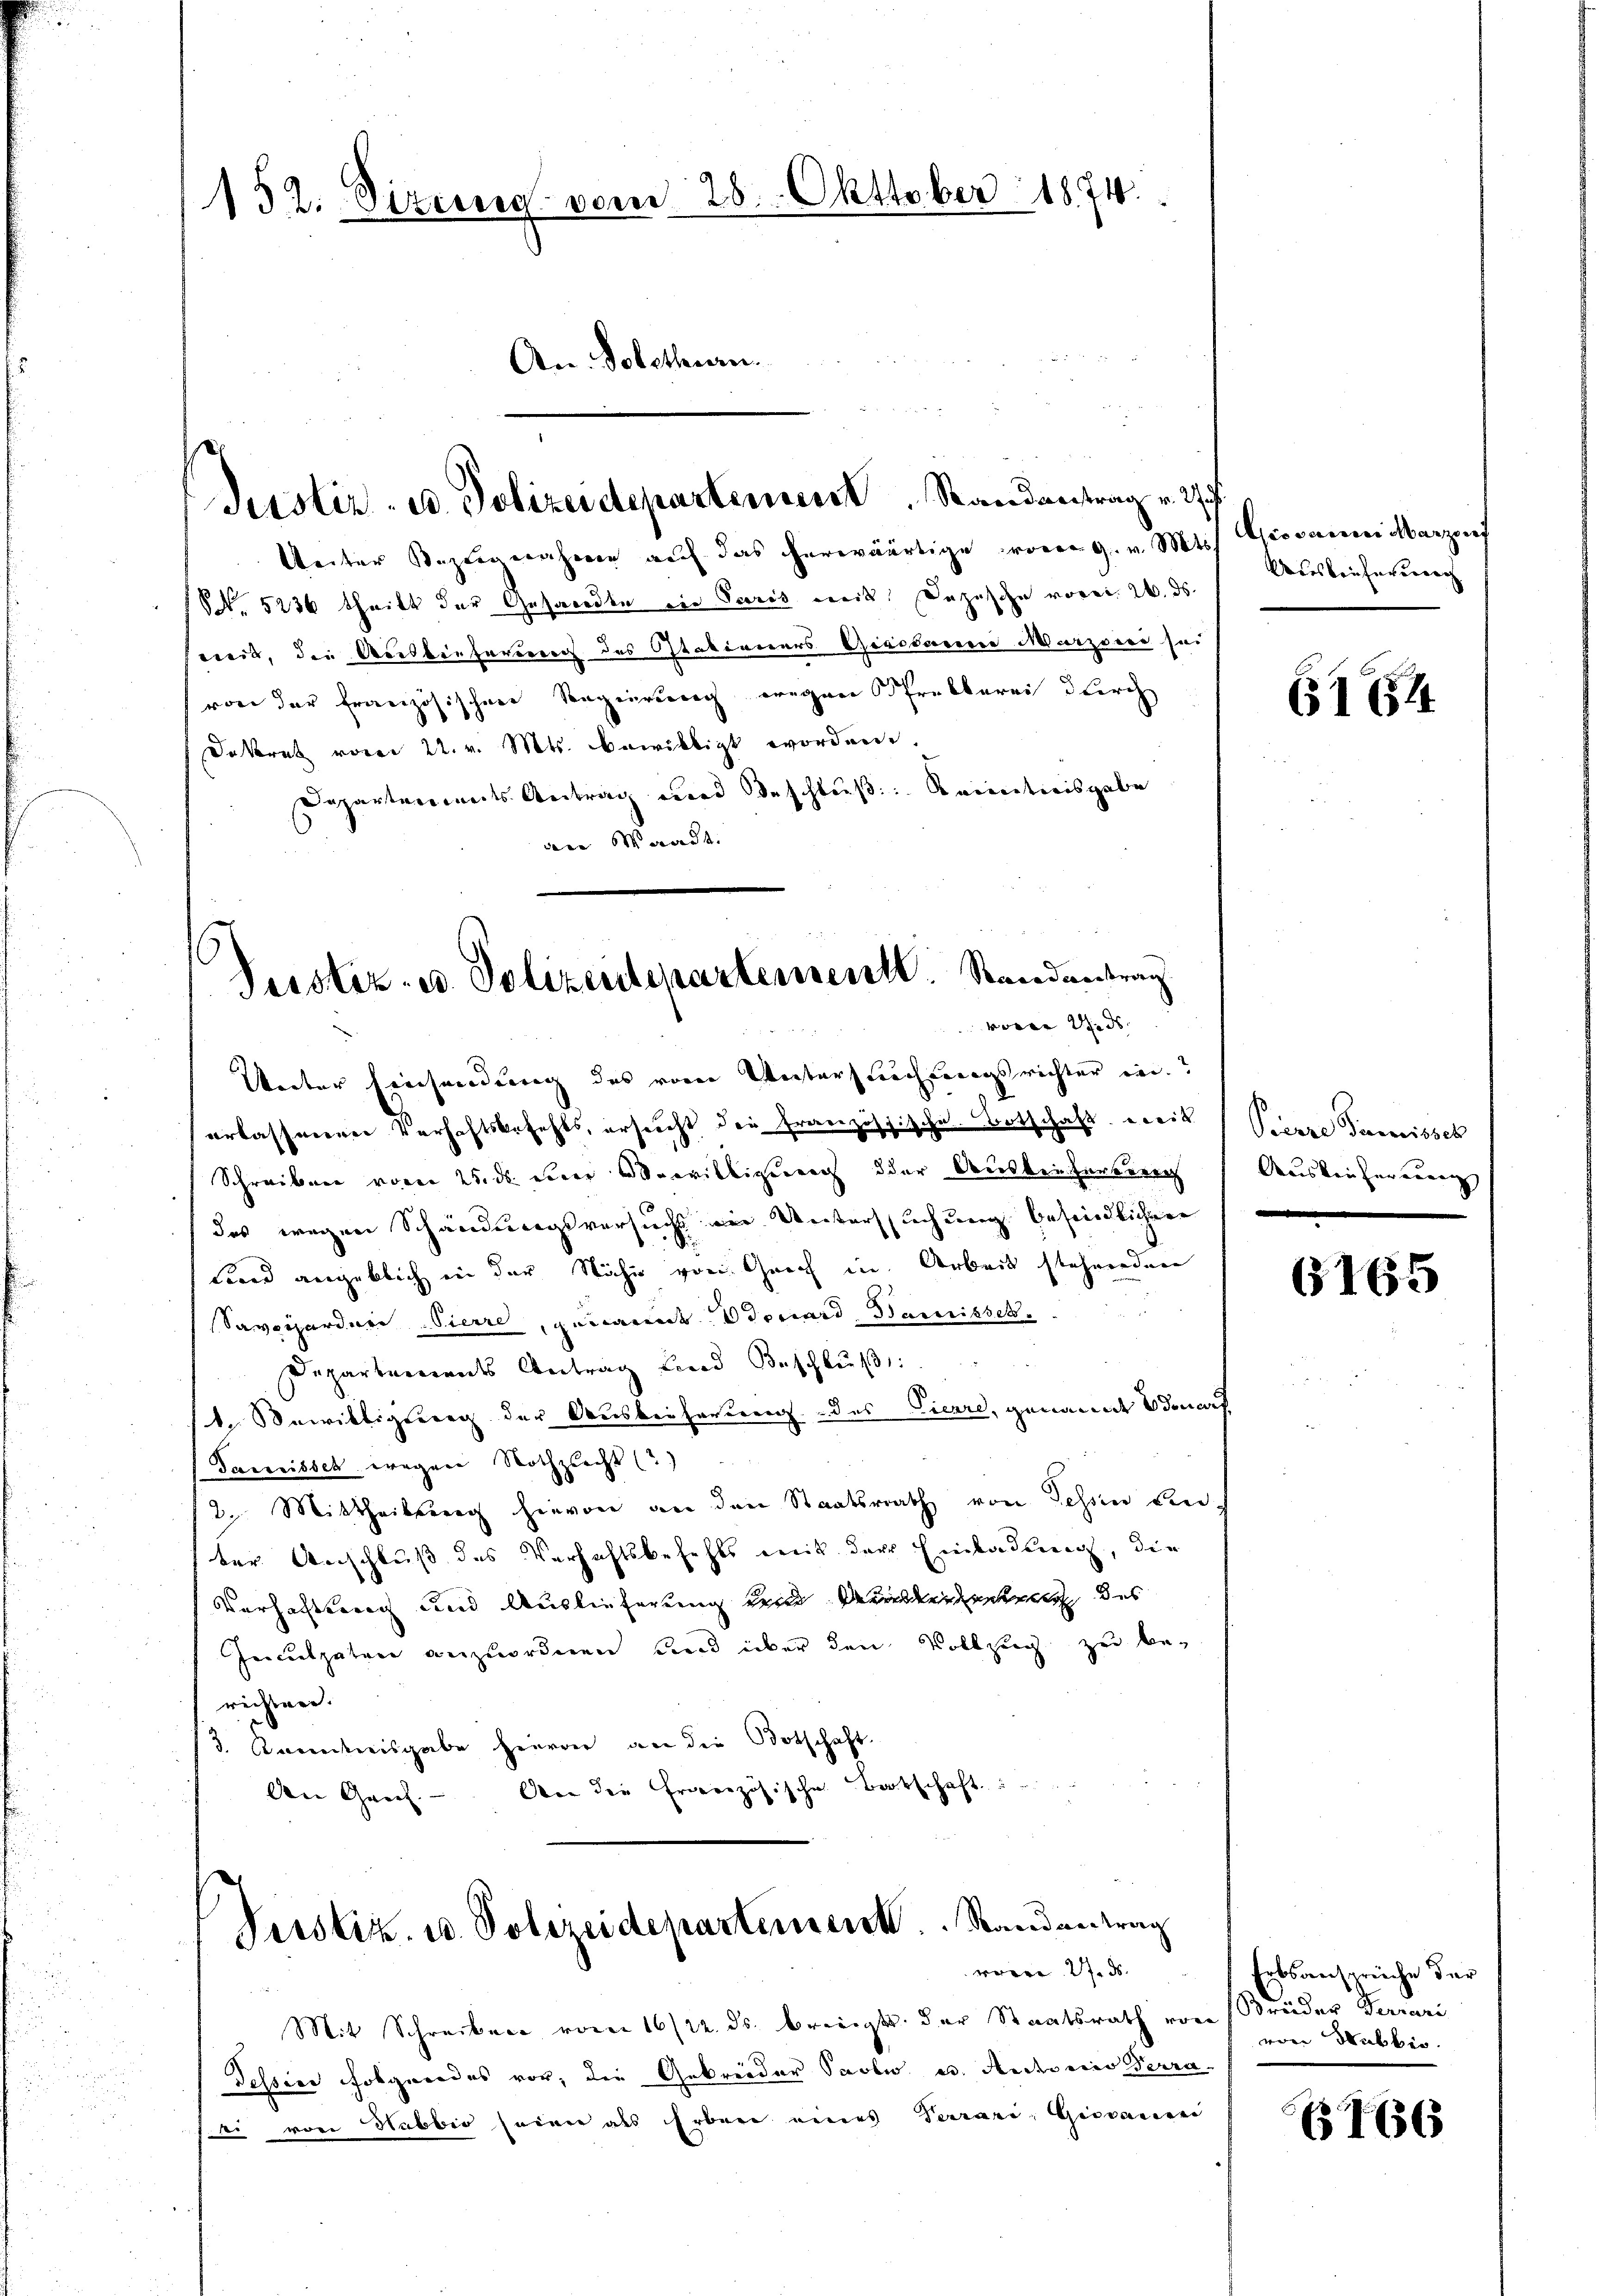
152. Sizung vom 28. Okttober 1874.
¬
An Solothurn.

Unter Bezugnahme auf das herwärtige vom 9. v. Mts. Giovanni Marzonf
S. 5236 theilt der Gesandte ein Paris mit Dazusche vorer. 2. ds.
weib, die Auslieferung des Ostationers Giesdann Murzsere sei
von der französischen Segierung wegen Prebberei durch
Dekret vom 22. v. Mts. bewilligt worden.
Departements Antrag und Beschluß: Keinetweisgabe
dene Waadt.

Justiz- u. Polizeidepartement Randantrag v. 27

Peistiz- u. Polizentepartementl. Randantrag
voren Winds
Unter Einsendung des vom Untersuchungsrichter in

erlassererer Verhaftsbefehls, ersucht die französische Botschaft weil
Schreiben vom 25. ds. einer Vorwilligung der Ausbeiterberei
des wegen Schändungsversuchs ein Untersuchung befindlichere
Fond angeblich in der Nähe von Geich in Arbeit stehenden
Savizardere Pierre, genannt donard, Bamisset.
Departements Antrag und Beschlŭβ:
1. Bewilligung der Ausbeiterung des Vicare, genannt Benach
Tanreissch wegen Nothzucht (?)
2. Mittheilung hievon an den Staatsrath von Tessin bin-
ber Anschluß des Verhaftsbefehls mit der Einladung, die
Verhaltung und Auslieferung und Seiterenten des
Jeculpaten anzuordnen und über den Vollzug zu berichten.
3. Kenntnisgabe hievon an die Botschaft
An Ganz. An die Erbenzösische Botschaft

Perstiz u. Polizeidepartement. Randantrag
we 2. d.

Mit Schreiben vom 16/22. ds. bringt der Staatsrath von Brüder Terrari
Tessine Folgendes vor, die Gebrieder Paoli u. Auctoriis Terra
site von Habbio seiner als Erbene eines Terrari, Giovanei

Ausbrücherunrech

(1654

Pierre Termissch
Ausken herauung |
.

6165

Ertsansprüche der
von Hubbis.

136